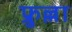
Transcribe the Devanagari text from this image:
फ्रुल्ला